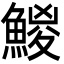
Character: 鯼